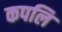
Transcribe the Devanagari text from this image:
कपलि